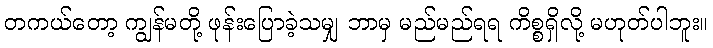
တကယ်တော့ ကျွန်မတို့ ဖုန်းပြောခဲ့သမျှ ဘာမှ မည်မည်ရရ ကိစ္စရှိလို့ မဟုတ်ပါဘူး။